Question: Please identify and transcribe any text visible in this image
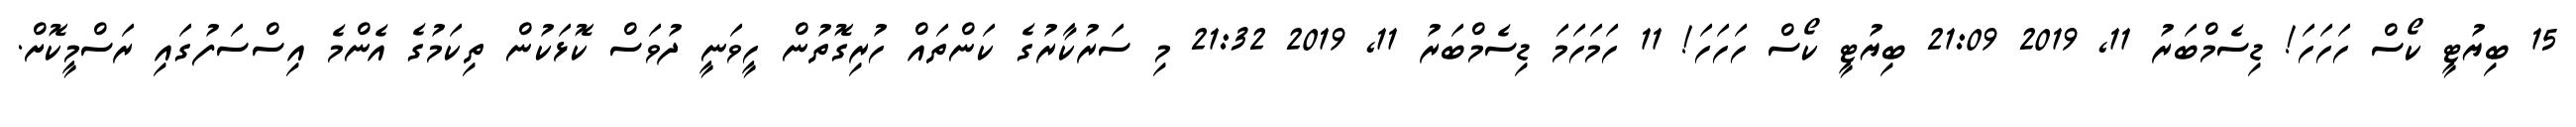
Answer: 15 ބިޔުޓީ ކޯސް ހަހަހަ! ޑިސެމްބަރު 11, 2019 21:09 ބިޔުޓީ ކޯސް ހަހަހަ! 11 ހަމަހަމަ ޑިސެމްބަރު 11, 2019 21:32 މި ސަރުކާރުގެ ކަންތައް ހުރިގޮތުން ހީވަނީ ދުވަސް ކޮޅަކުން ތިކަމުގެ އެންމެ އިސްސަފުގައި ރަސްމީކޮށް.